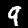
Label: 9